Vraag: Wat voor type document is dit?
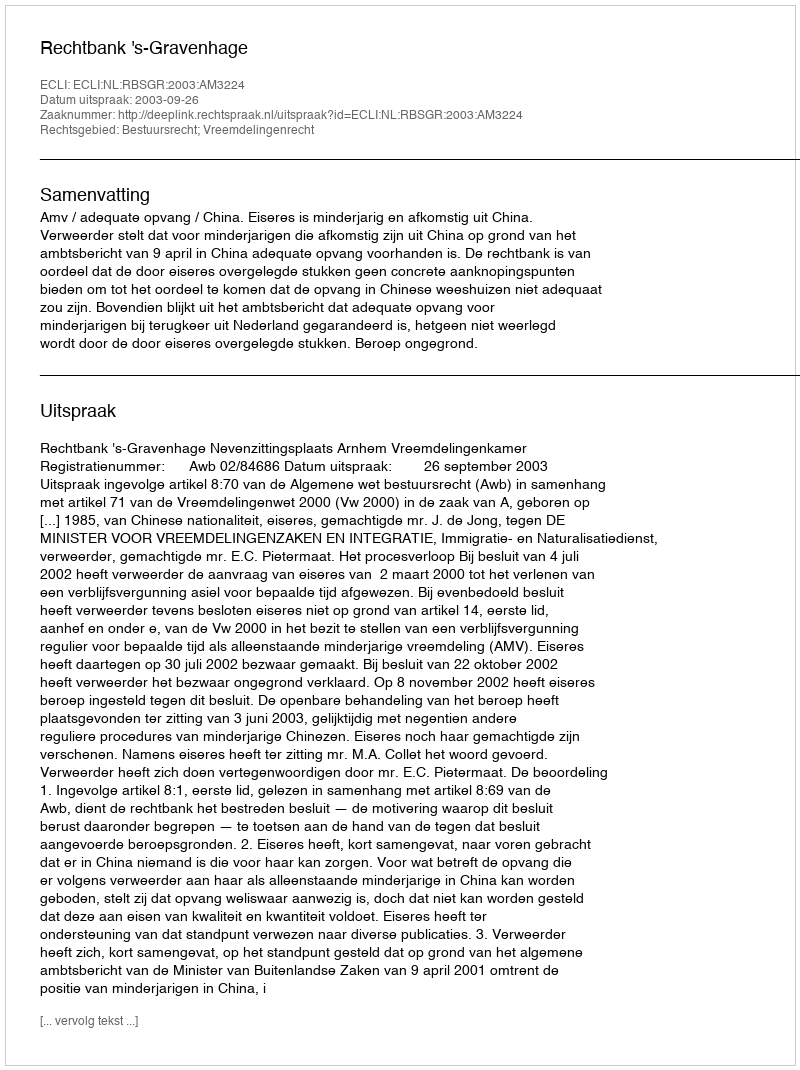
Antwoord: Uitspraak